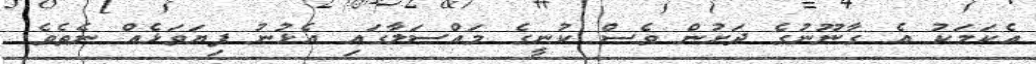
އެކަމަކު އެ ގާނޫނުގެ ދަށުން ވެސް ކުނީގެ މައްސަލާގައި އެޅުނު ފިޔަވަޅެއް ނެތެވެ.